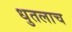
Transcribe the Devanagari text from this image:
धुतलाच